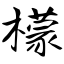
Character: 檬